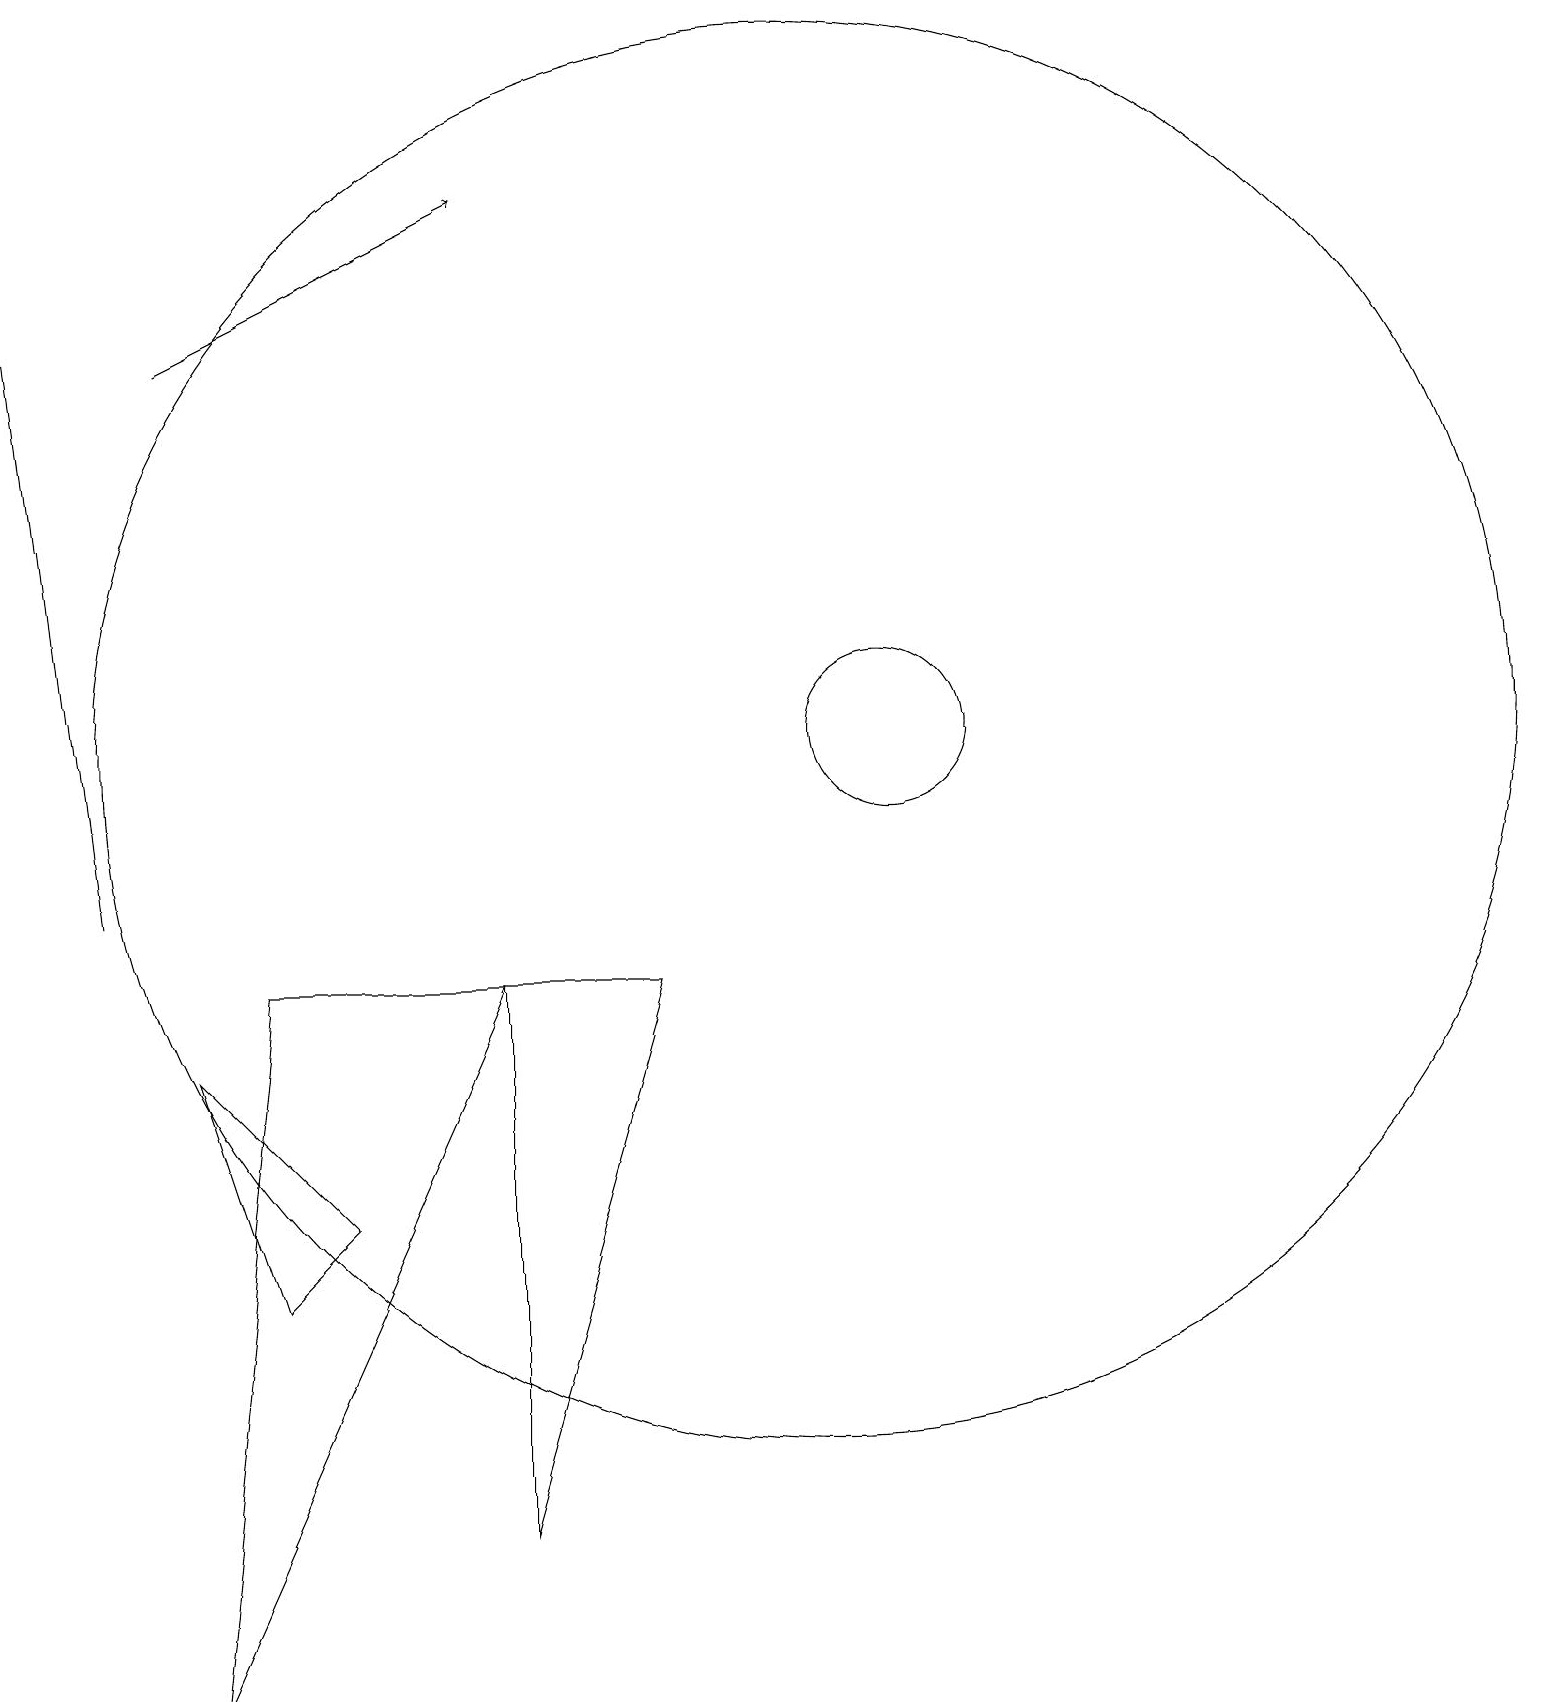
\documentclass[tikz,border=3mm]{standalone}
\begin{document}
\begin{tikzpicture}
\draw (10,12) circle (9);
\draw[->] (2,17) -- (6,19);
\draw (3,5) -- (2,8) -- (4,6) -- cycle;
\draw (3,9) -- (2,0) -- (6,9) -- cycle;
\draw[->] (1,10) -- (0,18);
\draw (11,12) circle (1);
\draw (6,2) -- (6,9) -- (8,9) -- cycle;
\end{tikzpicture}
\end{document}